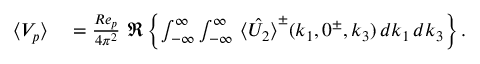
\begin{array} { r l } { \langle V _ { p } \rangle } & { { } = \frac { R e _ { p } } { 4 \pi ^ { 2 } } \, \, \Re \left\{ \int _ { - \infty } ^ { \infty } \int _ { - \infty } ^ { \infty } \, \hat { \langle U _ { 2 } \rangle } ^ { \pm } ( k _ { 1 } , 0 ^ { \pm } , k _ { 3 } ) \, d k _ { 1 } \, d k _ { 3 } \right\} . } \end{array}